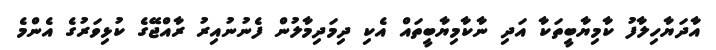
އާދަޔާހިލާފު ކާމިޔާބީތަކާ އަދި ނާކާމިޔާބީތައް އެކި ދިމަދިމާލުން ފެނުނުއިރު ރާއްޖޭގެ ކުޅިވަރުގެ އެންމެ